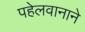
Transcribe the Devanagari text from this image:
पहेलवानाने